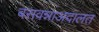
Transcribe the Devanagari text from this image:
बसवन्नाअदालत